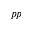
p p